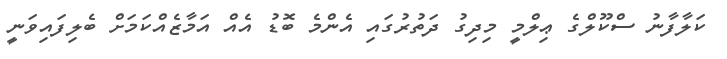
ކަލާފާނު ސްކޫލްގެ ޢިލްމީ މިދިގު ދަތުރުގައި އެންމެ ބޮޑު އެއް އަމާޒެއްކަމަށް ބެލިފައިވަނީ